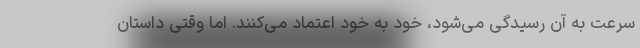
سرعت به آن رسیدگی می‌شود، خود به خود اعتماد می‌کنند. اما وقتی داستان